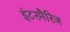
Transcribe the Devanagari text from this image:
इंटरमैरिज